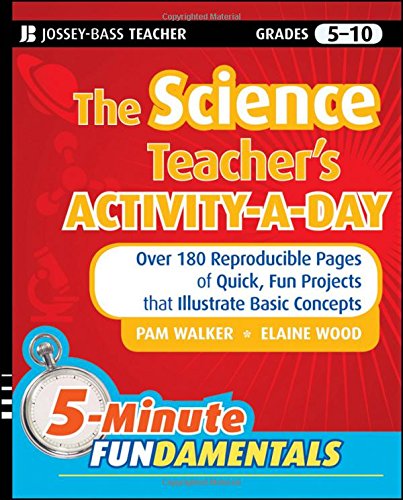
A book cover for The Science Teacher's Activity-A-Day, Grades 5-10: Over 180 Reproducible Pages of Quick, Fun Projects that Illustrate Basic Concepts; Pam Walker; Computers & Technology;